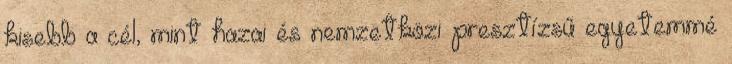
kisebb a cél, mint hazai és nemzetközi presztízsű egyetemmé